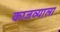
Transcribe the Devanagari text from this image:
काजव्याला